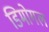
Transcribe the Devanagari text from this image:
डिमोगल